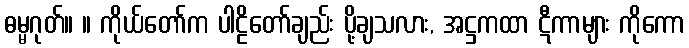
ဓမ္မဂုတ်။ ။ ကိုယ်တော်က ပါဠိတော်ချည်း ပို့ချသလား, အဋ္ဌကထာ ဋီကာများ ကိုကော